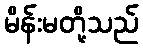
မိန်းမတို့သည်